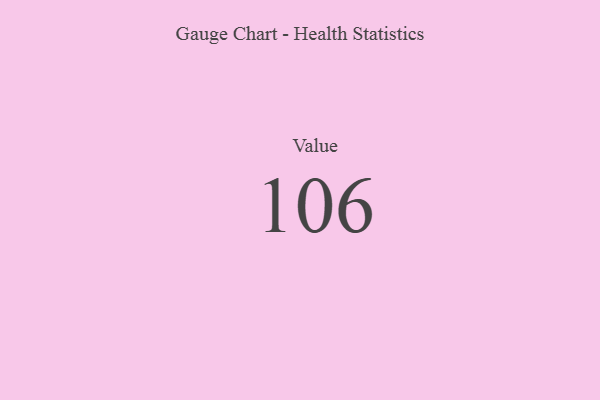
{"axis": {"x": "Metric", "y": "Value"}, "legend": [""], "data": [{"x": "Value", "y": 106, "type": ""}]}